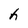
Character: h